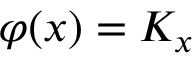
\varphi ( x ) = K _ { x }